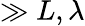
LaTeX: \gg L,\lambda